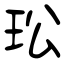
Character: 玜